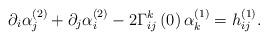
LaTeX: \begin{align*}\partial _{i}\alpha _{j}^{\left( 2\right) }+\partial _{j}\alpha _{i}^{\left(2\right) }-2\Gamma _{ij}^{k}\left( 0\right) \alpha _{k}^{\left( 1\right)}=h_{ij}^{\left( 1\right) }. \end{align*}